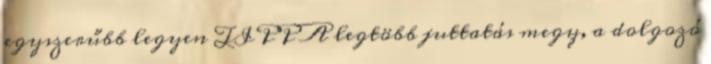
egyszerűbb legyen TIPP A legtöbb juttatás megy, a dolgozó